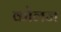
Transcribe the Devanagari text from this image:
कोलज